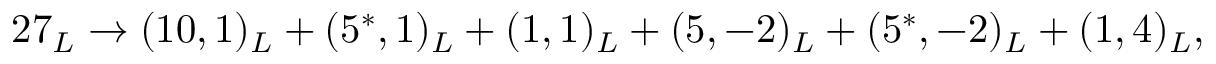
2 7 _ { L } \rightarrow ( 1 0 , 1 ) _ { L } + ( 5 ^ { * } , 1 ) _ { L } + ( 1 , 1 ) _ { L } + ( 5 , - 2 ) _ { L } + ( 5 ^ { * } , - 2 ) _ { L } + ( 1 , 4 ) _ { L } ,